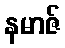
နမာဇ်